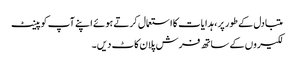
متبادل کے طور پر ، ہدایات کا استعمال کرتے ہوئے اپنے آپ کو پینٹ
لکیروں کے ساتھ فرش پلان کاٹ دیں۔